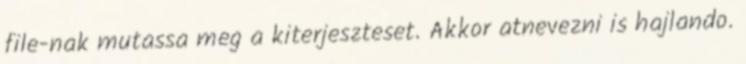
file-nak mutassa meg a kiterjeszteset. Akkor atnevezni is hajlando.